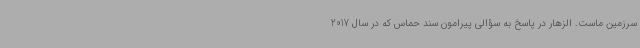
سرزمین ماست. الزهار در پاسخ به سؤالی پیرامون سند حماس که در سال 2017